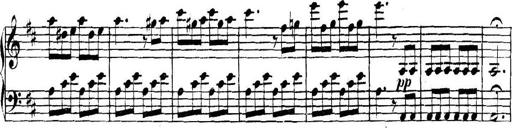
Title: Collected Piano Sonatas
Composer: Muzio Clementi